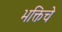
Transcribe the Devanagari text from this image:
भक्तिचे